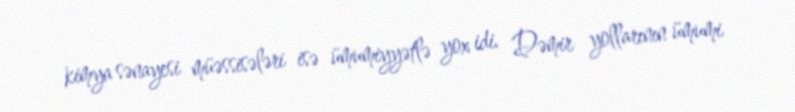
kimya sənayesi müəssisələri isə ümumiyyətlə yox idi. Dəmir yollarının ümumi